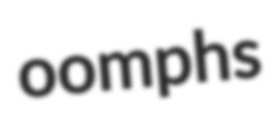
oomphs